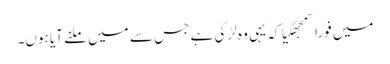
میں فوراً سمجھگیا کہ یہی وہ لڑکی ہے جس سے میں ملنے آیا ہوں۔